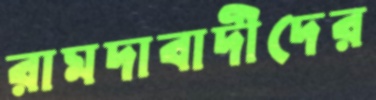
রামদাবাদীদের